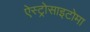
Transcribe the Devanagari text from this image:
ऐस्ट्रोसाइटोमा